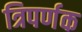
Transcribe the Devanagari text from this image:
त्रिपर्णक